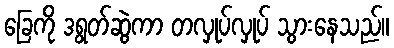
ခြေကို ဒရွတ်ဆွဲကာ တလှုပ်လှုပ် သွားနေသည်။